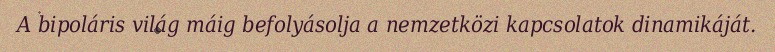
A bipoláris világ máig befolyásolja a nemzetközi kapcsolatok dinamikáját.